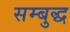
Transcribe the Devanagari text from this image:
सम्बुद्ध